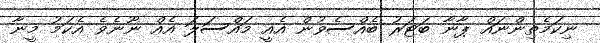
ނިކަމެތިންނައް ޕާނާ ބަޓަރު ބެއްސެވުން އެއީ މައްސަލަ އެއް ނޫނެވެ އެކަމު މީނާ